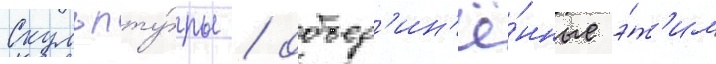
Скульпту́ры / объед'ин'ё́нные э́т'им